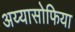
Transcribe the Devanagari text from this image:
अय्यासोफिया